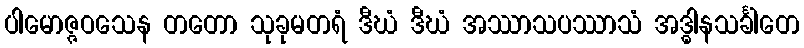
ပါမောဇ္ဇဝသေန တတော သုခုမတရံ ဒီဃံ ဒီဃံ အဿာသပဿာသံ အဒ္ဓါနသင်္ခါတေ